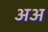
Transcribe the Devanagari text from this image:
अअ